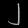
Digit: ၂